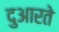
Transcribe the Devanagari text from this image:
दुआरते